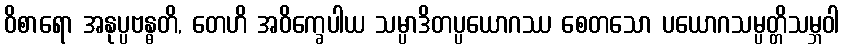
ဝိစာရော အနုပ္ပဗန္ဓတိ, တေဟိ အဝိက္ခေပါယ သမ္ပာဒိတပ္ပယောဂဿ စေတသော ပယောဂသမ္ပတ္တိသမ္ဘဝါ